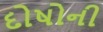
દોષોની